画像に写った文字を読んでください
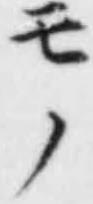
「モノ」と書いてあります